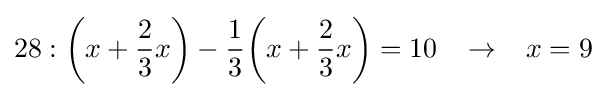
28:{\bigg (}x+{\frac {2}{3}}x{\bigg )}-{\frac {1}{3}}{\bigg (}x+{\frac {2}{3}}x{\bigg )}=10\;\;\;\rightarrow \;\;\;x=9